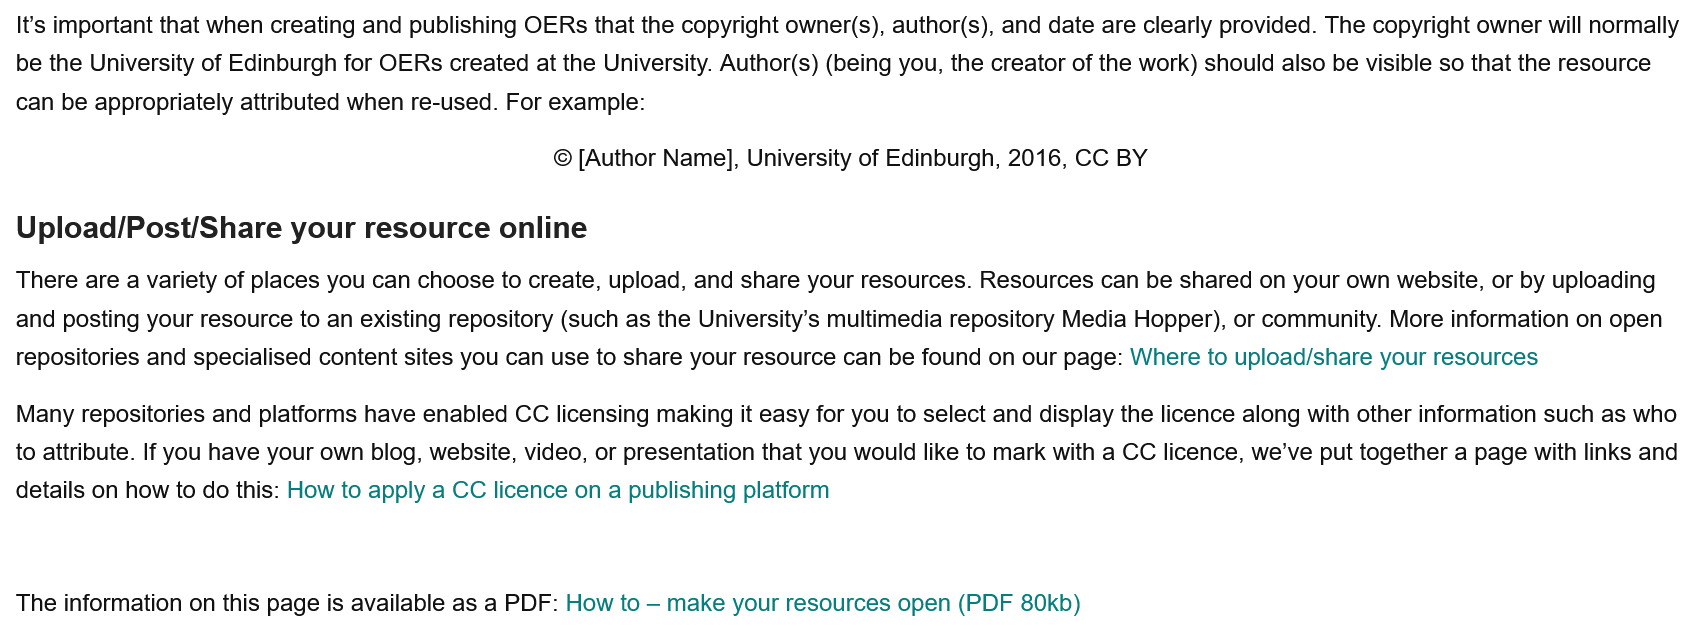
It's important that when creating and publishing OERs that the copyright owner(s), author(s), and date are clearly provided. The copyright owner will normally
  be the University of Edinburgh for OERs created at the University. Author(s) (being you, the creator of the work) should also be visible so that the resource
  can be appropriately attributed when re-used. For example:
     © [Author Name], University of Edinburgh, 2016, CC BY
  Upload/Post/Share    your resource    online
  There are a variety of places you can choose to create, upload, and share your resources. Resources can be shared on your own website, or by uploading
  and posting your resource to an existing repository (such as the University’s multimedia repository Media Hopper), or community. More information on open
  repositories and specialised content sites you can use to share your resource can be found on our page: Where to upload/share your resources
  Many repositories and platforms have enabled CC licensing making it easy for you to select and display the licence along with other information such as who
  to attribute. If you have your own blog, website, video, or presentation that you would like to mark with a CC licence, we’ve put together a page with links and
  details on how to do this: How to apply a CC licence on a publishing platform
  The information on this page is available as a PDF: How to
     —
     make your resources open (PDF 80kb)